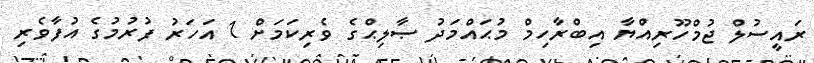
ރައީސުލް ޖުމްހޫރިއްޔާ އިބްރާހިމް މުޙައްމަދު ޞާލިޙްގެ ވެރިކަމަށް 1 އަހަރު ފުރުމުގެ އުފާވެރި